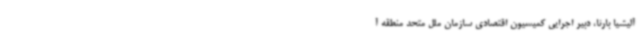
آلیشیا بارنا، دبیر اجرایی کمیسیون اقتصادی سازمان ملل متحد منطقه آ